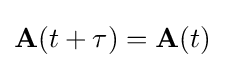
\mathbf {A} (t+\tau )=\mathbf {A} (t)